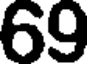
69